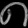
Digit: ၈